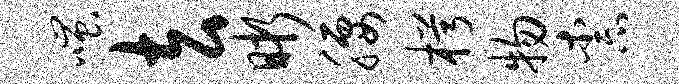
嗤去晰腰枵物柰